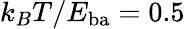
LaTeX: k_{B}T/E_{\mathrm{ba}}=0.5